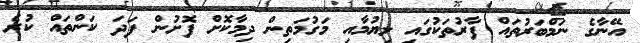
އޭނާގެ ނަމްބަރުތައް ފާރުތަކުގައި ލިޔުމާއި މަގުމަތިން ދިމާކޮށް ފޮށުން ފަދަ ކަންތައް ކުރެ